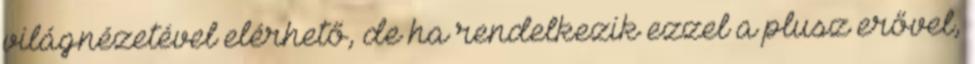
világnézetével elérhető, de ha rendelkezik ezzel a plusz erővel,